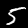
Label: 5